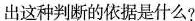
出这种判断的依据是什么?